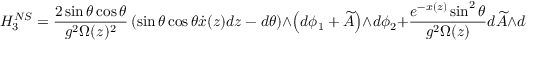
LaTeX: H _ { 3 } ^ { N S } = \frac { 2 \sin { \theta } \cos { \theta } } { g ^ { 2 } \Omega ( z ) ^ { 2 } } \left( \sin { \theta } \cos { \theta } \dot { x } ( z ) d z - d \theta \right) \wedge \left( d \phi _ { 1 } + \widetilde { A } \right) \wedge d \phi _ { 2 } + \frac { e ^ { - x ( z ) } \sin ^ { 2 } { \theta } } { g ^ { 2 } \Omega ( z ) } d \widetilde { A } \wedge d \phi _ { 2 } .